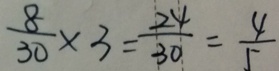
\frac { 8 } { 3 0 } \times 3 = \frac { 2 4 } { 3 0 } = \frac { 4 } { 5 }